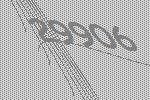
29906